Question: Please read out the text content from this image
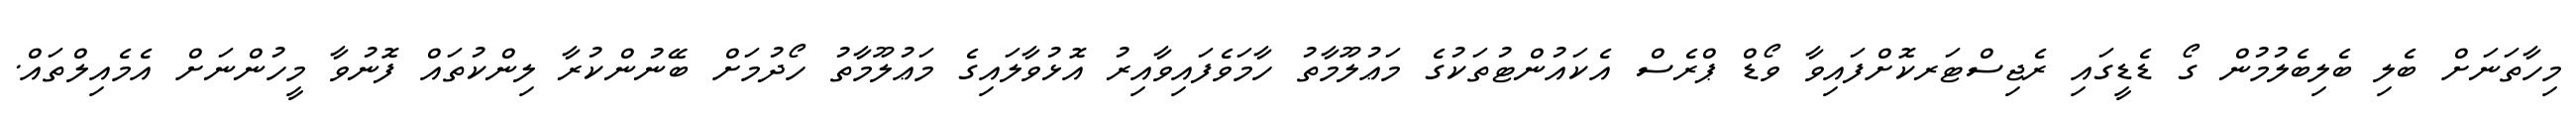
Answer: މިހާތަނަށް ބެލި ބެލިބެލުމުން ގޯ ޑެޑީގައި ރެޖިސްޓަރކޮށްފައިވާ ވޯޑް ޕްރެސް އެކައުންޓުތަކުގެ މަޢުލޫމާތު ހާމަވެފައިވާއިރު އޮޅުވާލައިގެ މަޢުލޫމާތު ހޯދުމަށް ބޭނުންކުރާ ލިންކުތައް ފޮނުވާ މީހުންނަށް އެމެއިލްތައް.